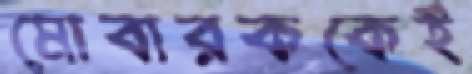
মোবারককেই